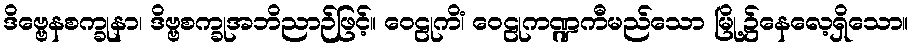
ဒိဗ္ဗေနစက္ခုနာ၊ ဒိဗ္ဗစက္ခုအဘိညာဉ်ဖြင့်။ ဝေဠုကိံ၊ ဝေဠုကဏ္ဍကီမည်သော မြို့၌နေလေ့ရှိသော။